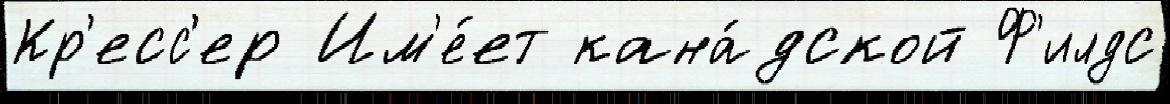
Кр'есс'ер Им'е́ет кана́дской Ф'илдс